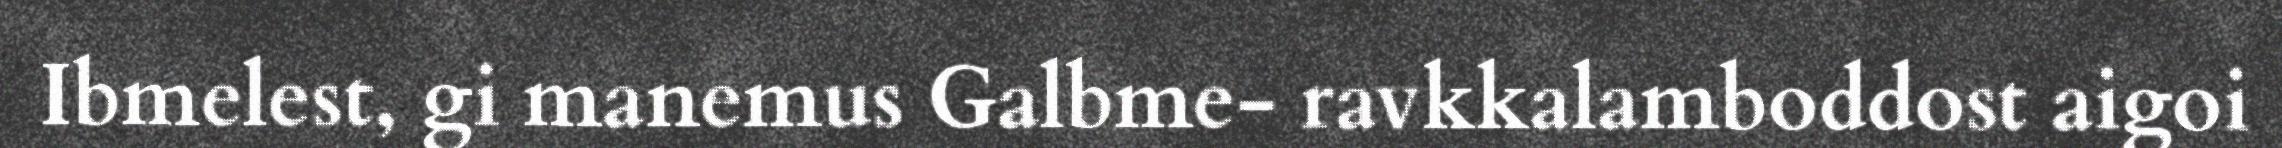
Ibmelest, gi manemus Galbme- ravkkalamboddost aigoi